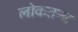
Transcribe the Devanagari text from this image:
लोकतन्‍त्र